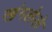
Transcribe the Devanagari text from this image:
खंगलेले